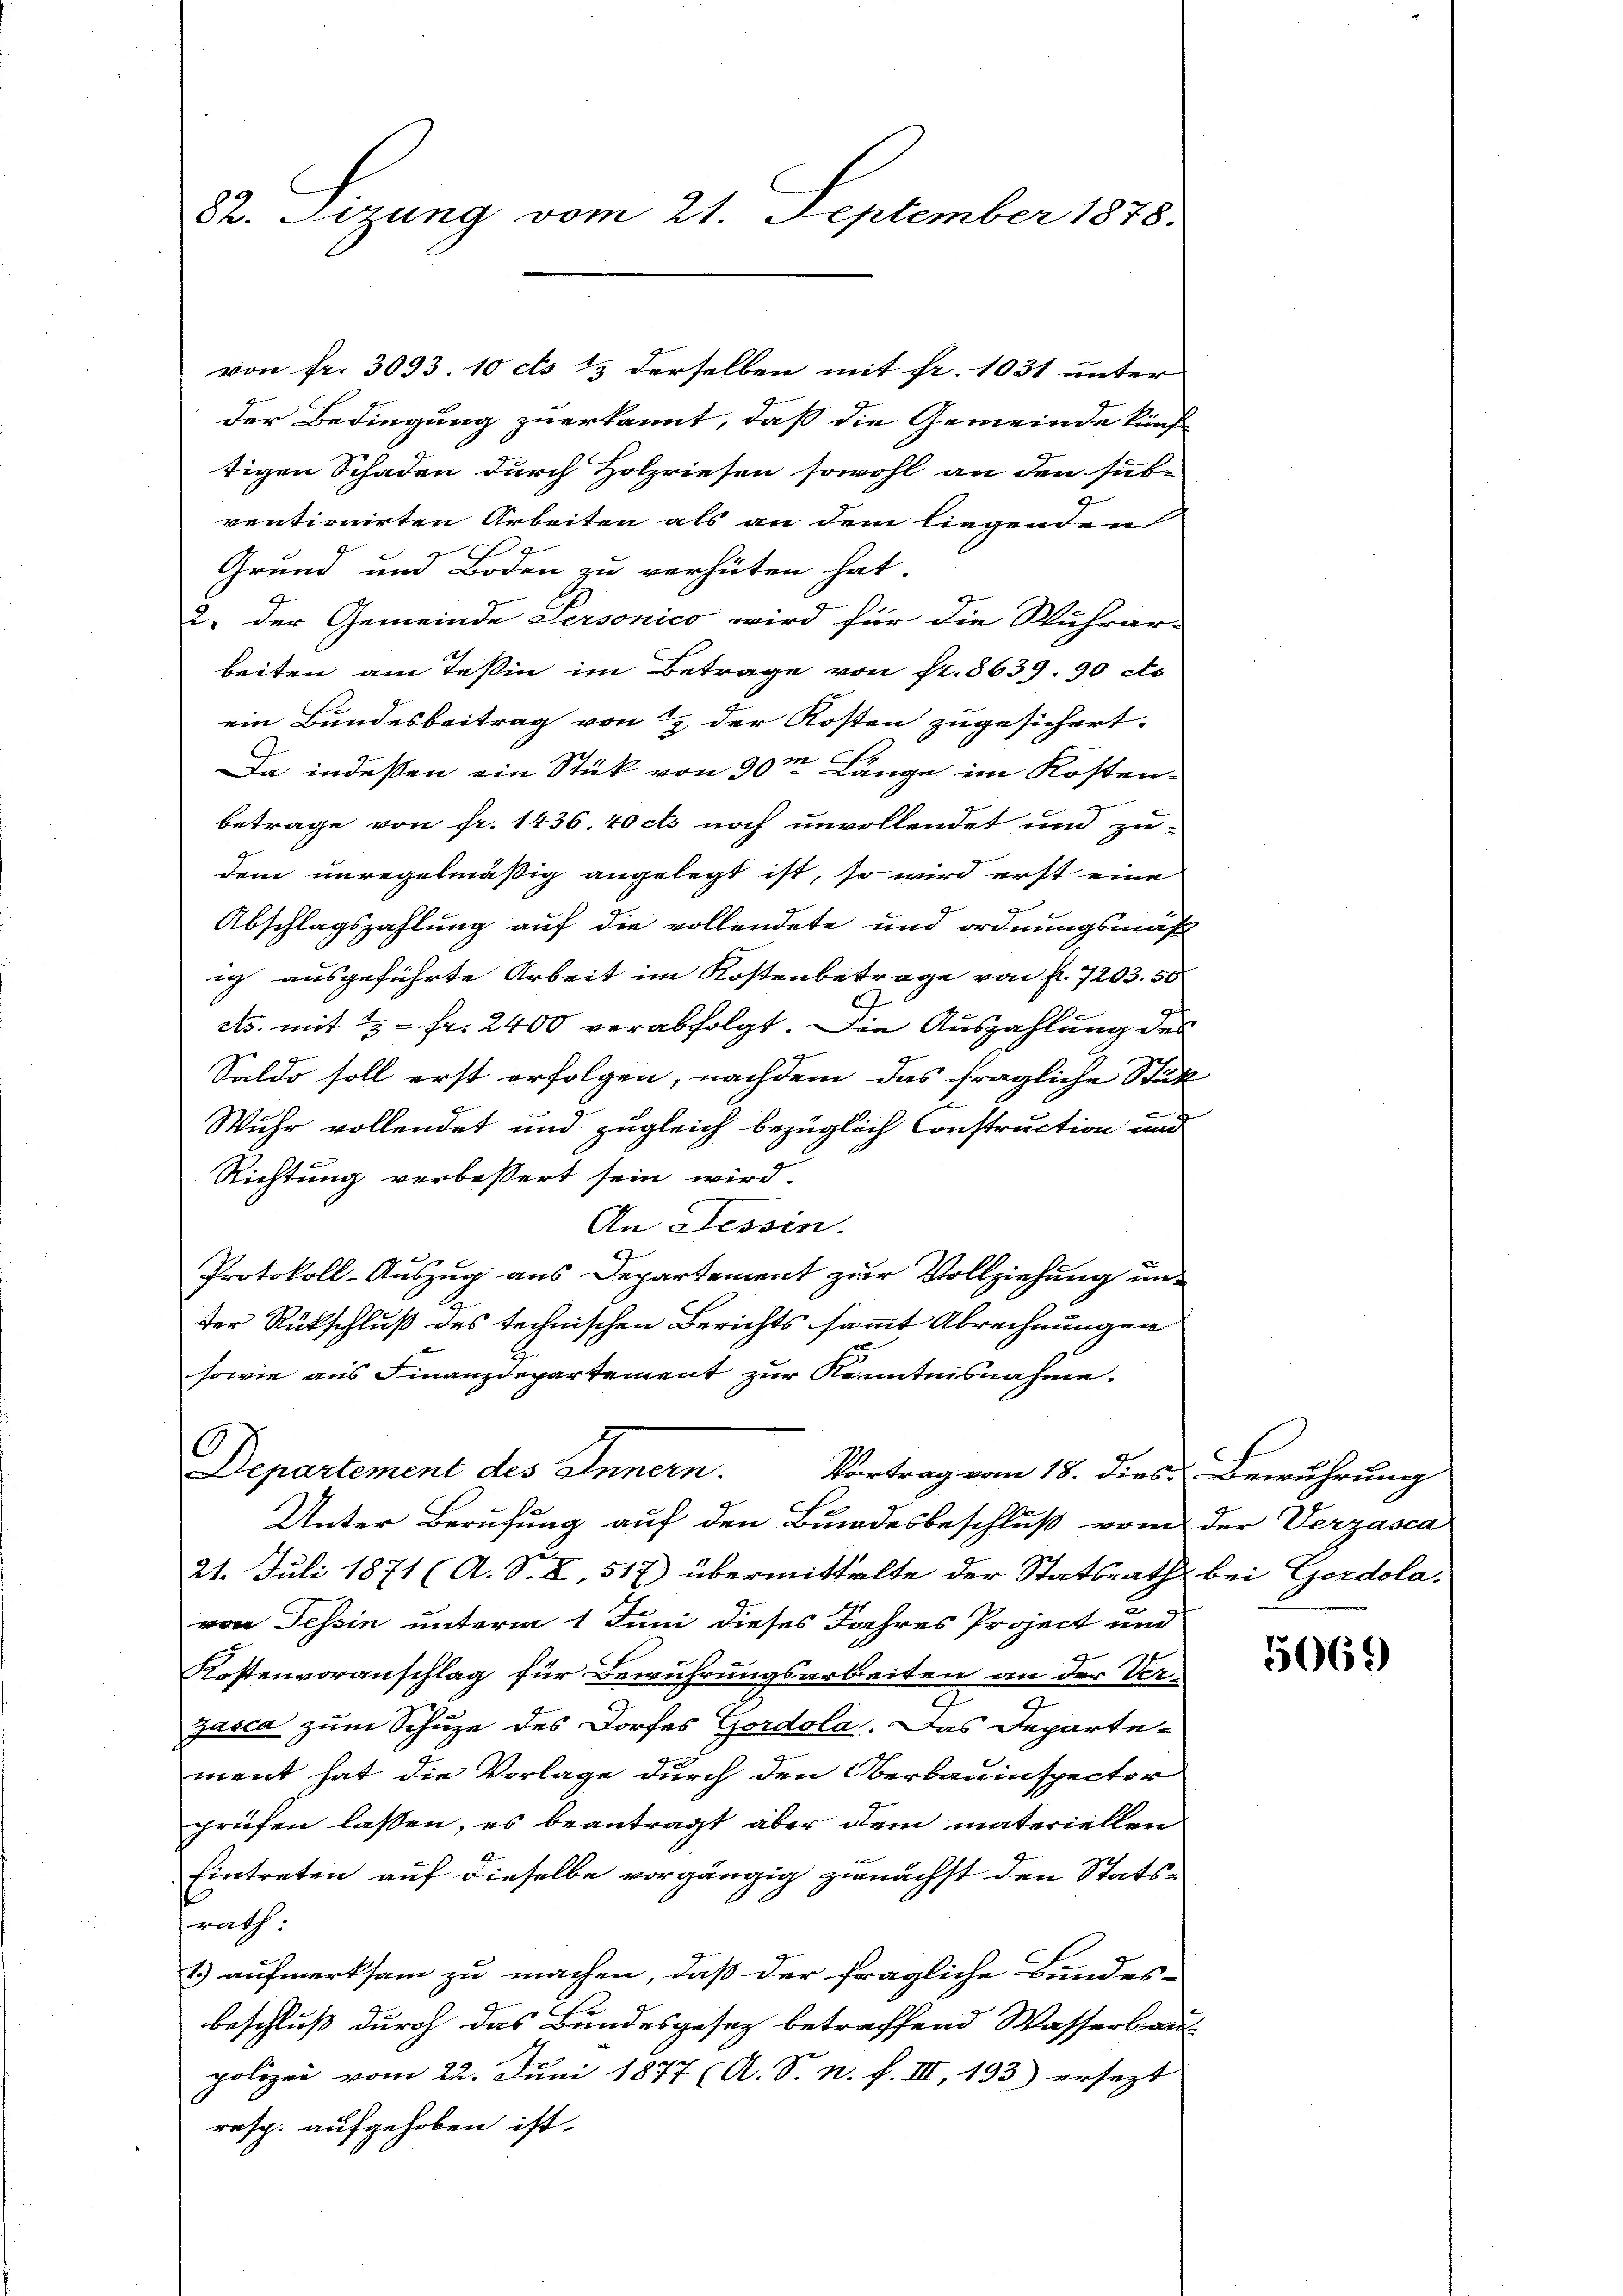
82. Sizung vom 21. September 1878.

von fr. 3093 10 cts 13 derselben mit fr. 1031 unter
der Bedingung zuerkannt, daß die Gemeinde künftigen Schaden durch Holzriesen sowohl an den siebe
ventionirten Arbeiten als an dem liegenden
Grund und Boden zu verhüten hat.
2. Der Gemeinde Personico wird für die Wuhrar-
beiten am Teßin im Betrage von Fr. 8639. 90 cts
ein Bundesbeitrag von 12 der Kosten zugesichert.
Da indessen ein Stük von 30m Länge im Kosten-

betrage von Fr. 1436. 40 cts noch unvollendet um zu-
dem unregelmäßig angelegt ist, so wird erst eine
Abschlagszahlung auf die vollendete und ordnungsmäß
ig ausgeführte Arbeit im Kostenbetrage von f. 7203. 50
3.
ets. mit 2 Fr. 2400 verabfolgt. Die Auszahlung des
Saldo soll erst erfolgen, nachdem das fragliche Stük
Wuhr vollendet und zugleich bezüglich Construction und
Richtung verbessert sein wird.
An Tessin.
Protokoll-Auszug aus Departement zur Vollziehung un¬
E
der Rückschluß des technischen Berichts sammt Abrechnungen
sowie aus Finanzdepartement zur Kenntnisnahme.
Departement des Innern.
Vortrag vom 18. dies Bewuhrung
Unter Berufung auf den Bundesbeschluß vom der Verzasca
21. Juli 1871 (A. S. X, 517) übermittelte der Statsrath bei Gordolavon Tessin unterm 1 Juni dieses Jahres Project und
Kostenvoranschlag für Bewuhrungsarbeiten an der Ver-
Zasca zum Schuze des Dorfes Gordola. Das Departement hat die Vorlage durch den Oberbauinspector
prüfen lassen, es beantragt aber dem materiellen
Eintreten auf dieselbe vorgängig zunächst den Statsrath.
1.) aufmerksam zu machen, daß der fragliche Bundes-
beschluß durch das Bundesgesetz betreffend Wasserbau-
polizei vom 22. Juni 1877 (A. S. n. F. III, 133) ersezt
resp. aufgehoben ist.

5069